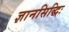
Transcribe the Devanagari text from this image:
ज्ञानसिद्धिः